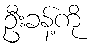
ဦးခန့်ကို